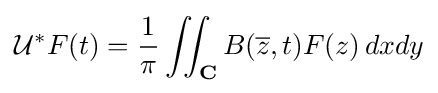
{\mathcal {U}}^{*}F(t)={1 \over \pi }\iint _{\mathbf {C} }B({\overline {z}},t)F(z)\,dxdy